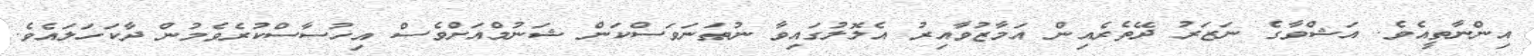
އިންނާތީއެވެ. އަޝްވާގެ ނަޒަރު ދޭތެރެއިން އަމާޒުވާއިރު އެލޮލުގައިވާ ނުތަނަވަސްކަން ޝަނުމްއަށްވެސް އިހުސާސްކުރެވެމުން ދާކަހަލައެވެ.